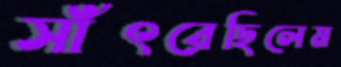
সাঁৎরেছিলেম